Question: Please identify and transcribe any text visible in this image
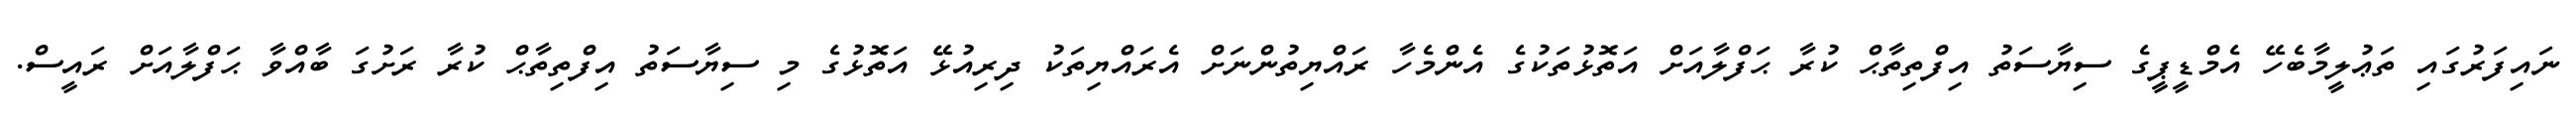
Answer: ނައިފަރުގައި ތަޢުލީމާބެހޭ އެމްޑީޕީގެ ސިޔާސަތު އިފްތިތާޙް ކުރާ ޙަފްލާއަށް އަތޮޅުތަކުގެ އެންމެހާ ރައްޔިތުންނަށް އެރައްޔިތަކު ދިރިއުޅޭ އަތޮޅުގެ މި ސިޔާސަތު އިފްތިތާޙް ކުރާ ރަށުގަ ބާއްވާ ޙަފްލާއަށް ރައީސް.